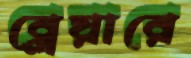
ব্লেয়ারে